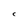
Character: C